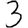
Digit: 3